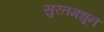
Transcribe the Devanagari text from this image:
सुरतमधून